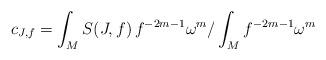
LaTeX: \begin{align*}c_{J,f} = \int_M S(J,f)\, f^{-2m-1}\omega^m/\int_M f^{-2m-1}\omega^m\end{align*}